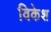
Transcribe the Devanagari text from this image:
विकेश